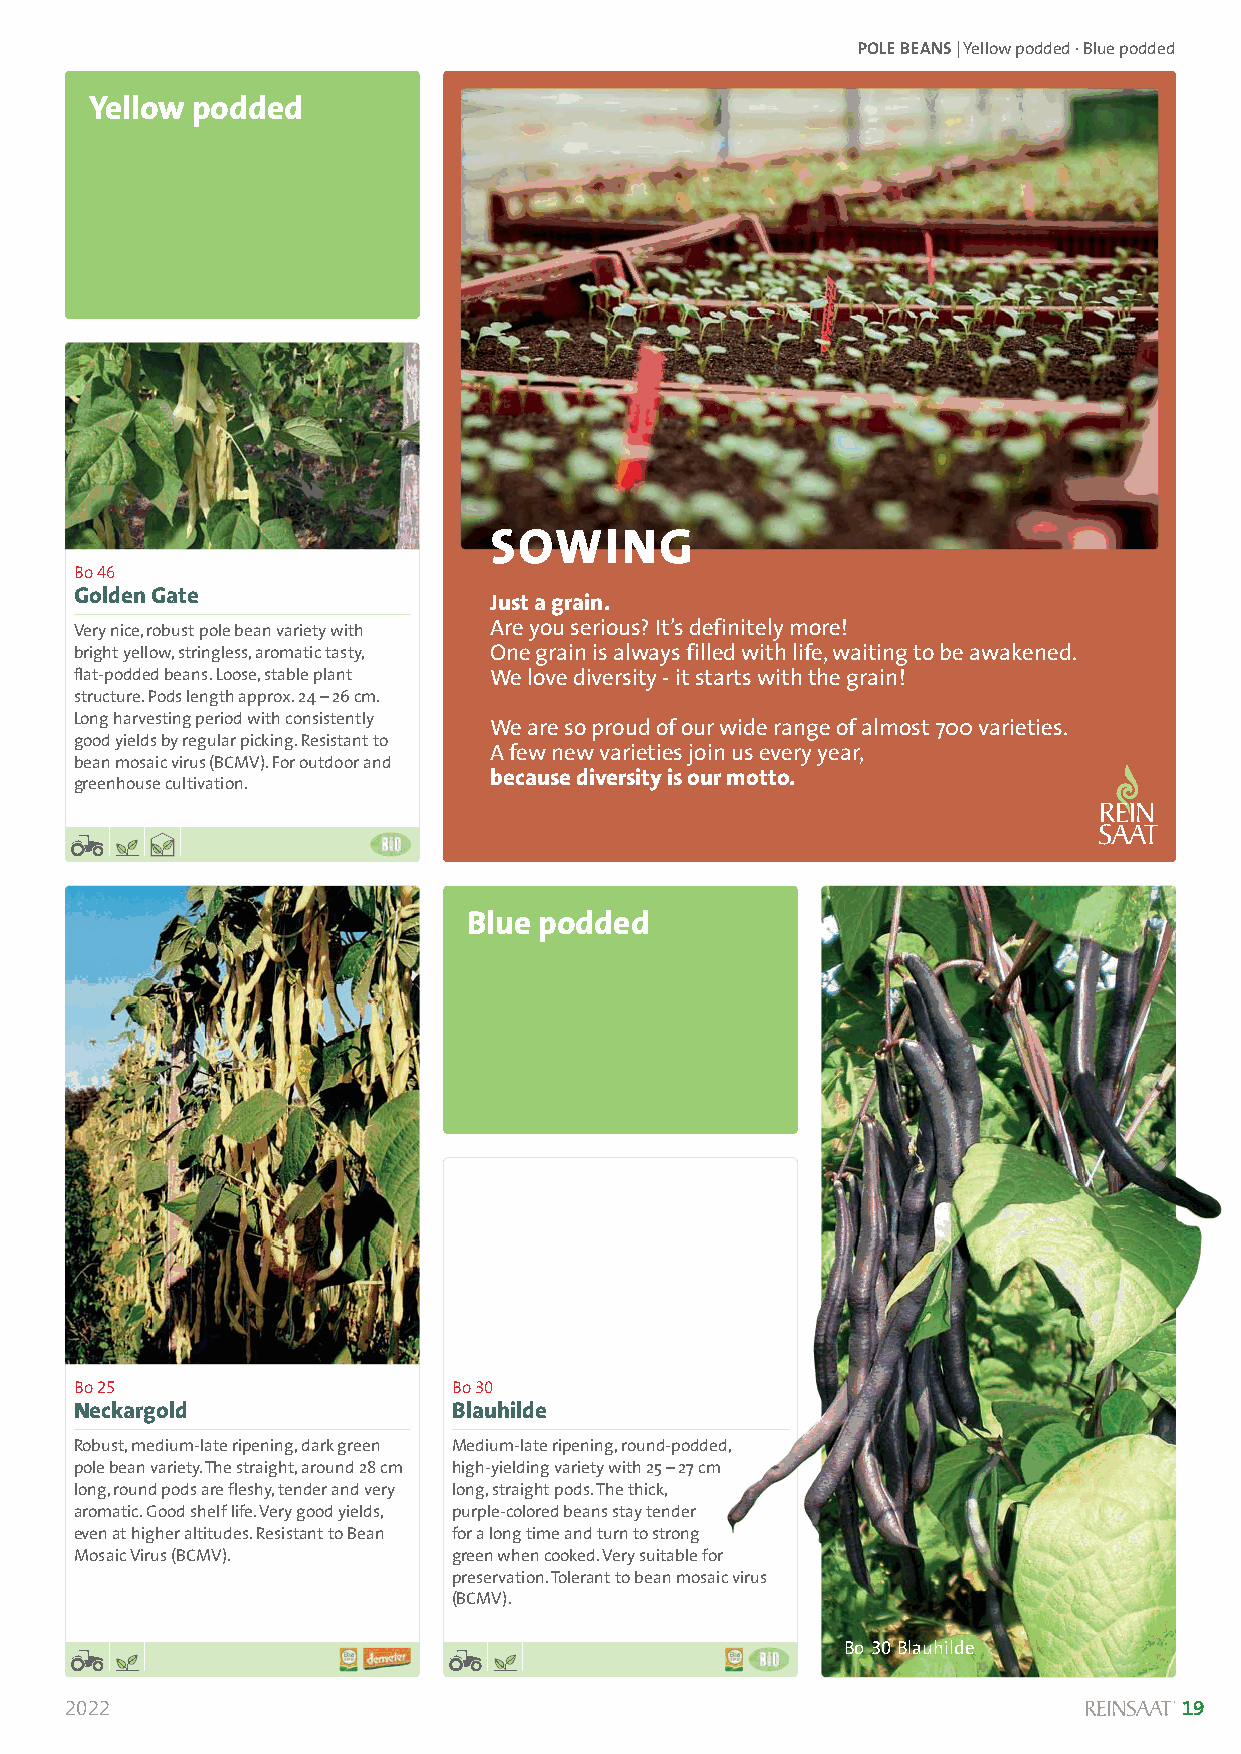
POLE BEANS| Yellow podded · Blue podded
 Yellow podded
 Solanum lycopersicum
 SOWING
 Bo 46
 Golden Gate
 Just a grain.
 Very nice, robust pole bean variety with Are you serious? It’s definitely more!
 bright yellow, stringless, aromatic tasty, One grain is always filled with life, waiting to be awakened.
 flat-podded beans. Loose, stable plant We love diversity - it starts with the grain!
 structure. Pods length approx. 24 –26 cm.
 Long harvesting period with consistently
 We are so proud of our wide range of almost 700 varieties.
 good yields by regular picking. Resistant to
 A few new varieties join us every year,
 bean mosaic virus (BCMV). For outdoor and
 because diversity is our motto.
 greenhouse cultivation.
 Blue podded
 Solanum lycopersicum
 Bo 25                    Bo 30
 Neckargold               Blauhilde
 Robust, medium-late ripening, dark green Medium-late ripening, round-podded,
 pole bean variety. The straight, around 28 cm high-yielding variety with 25 –27 cm
 long, round pods are fleshy, tender and very long, straight pods. The thick,
 aromatic. Good shelf life. Very good yields, purple-colored beans stay tender
 even at higher altitudes. Resistant to Bean for a long time and turn to strong
 Mosaic Virus (BCMV).     green when cooked. Very suitable for
 preservation. Tolerant to bean mosaic virus
 (BCMV).
 Bo 30Blauhilde
 2022                                                                      19